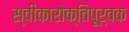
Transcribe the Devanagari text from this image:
स्वीकारोक्तिपूर्वक